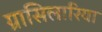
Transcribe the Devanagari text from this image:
ग्रासिलारिया